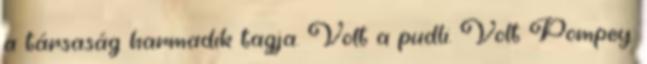
a társaság harmadik tagja. Volt a pudli. Volt Pompey.